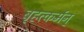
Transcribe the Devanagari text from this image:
बृहत्कर्मन्